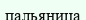
пальяница